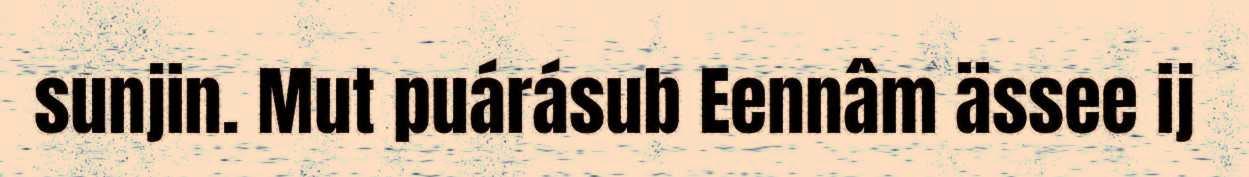
sunjin. Mut puárásub Eennâm ässee ij